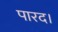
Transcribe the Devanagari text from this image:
पारद।